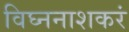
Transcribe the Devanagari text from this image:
विघ्ननाशकरं